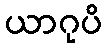
ယာဂုပိ